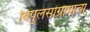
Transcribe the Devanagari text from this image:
बिपुलसोंग्रामाचा